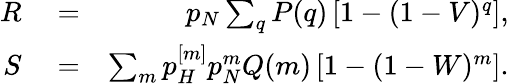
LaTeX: \begin{array}{rlr}{R}&{{}=}&{p_{N}\sum_{q}P(q)\left[1-(1-V)^{q}\right],}\\ {S}&{{}=}&{\sum_{m}p_{H}^{[m]}p_{N}^{m}Q(m)\left[1-(1-W)^{m}\right].}\end{array}